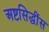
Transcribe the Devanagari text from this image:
अष्टसिद्धींस